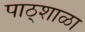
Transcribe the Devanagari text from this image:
पाठ्शाळा